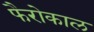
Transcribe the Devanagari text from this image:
फैरोकाल